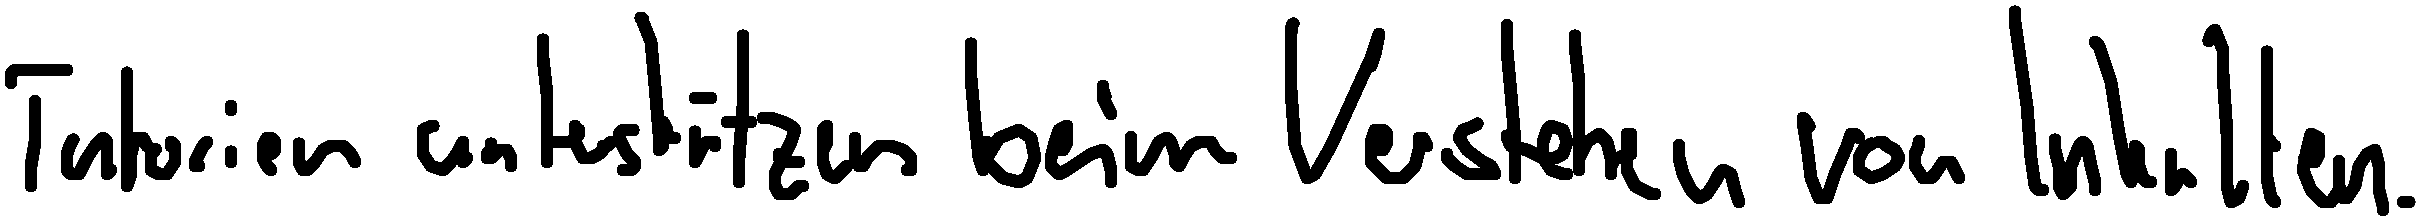
Tutorien unterstützen beim Verstehen von Inhalten.